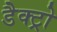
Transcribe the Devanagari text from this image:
डैक्ट्रो